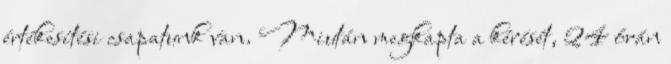
értékesítési csapatunk van. Miután megkapta a kérését, 24 órán